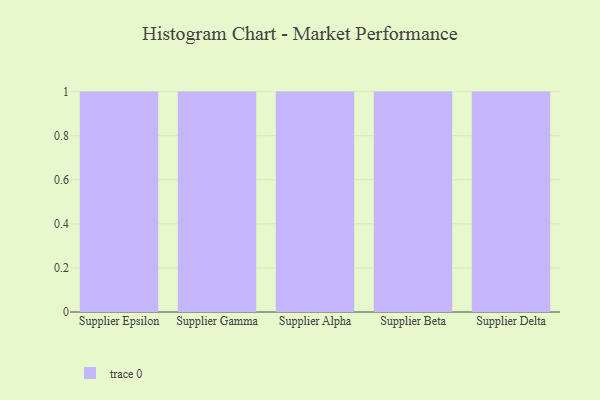
{"axis": {"x": "Supplier", "y": "Inventory Turnover"}, "legend": [""], "data": [{"x": "Supplier Epsilon", "y": 83, "type": ""}, {"x": "Supplier Gamma", "y": 74, "type": ""}, {"x": "Supplier Alpha", "y": 93, "type": ""}, {"x": "Supplier Beta", "y": 85, "type": ""}, {"x": "Supplier Delta", "y": 82, "type": ""}]}